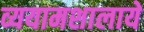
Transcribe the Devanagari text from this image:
व्ययामशालाये